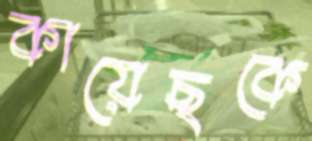
কায়েছকে